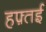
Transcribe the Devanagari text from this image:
हफ़्तई